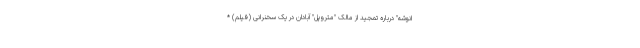
انوشه" درباره تمجید از مالک "متروپل" آبادان در یک سخنرانی (فیلم) *